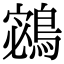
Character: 𪂁